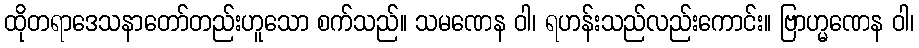
ထိုတရာဒေသနာတော်တည်းဟူသော စက်သည်။ သမဏေန ဝါ၊ ရဟန်းသည်လည်းကောင်း။ ဗြာဟ္မဏေန ဝါ၊